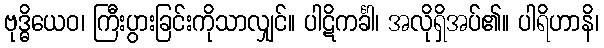
ဗုဒ္ဓိယေဝ၊ ကြီးပွားခြင်းကိုသာလျှင်။ ပါဋိကင်္ခါ၊ အလိုရှိအပ်၏။ ပါရိဟာနိ၊